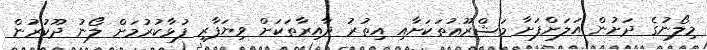
މިލޯނުގެ ދަށުން އަލަށްފަށާ މަޝްރޫޢުތަކަށާއި އިތުރު ދާއިރާތަކަށް ވިޔަފާރި ފުޅާކުރުމަށް ލޯނު ދޫކުރުން